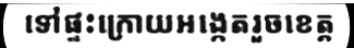
ទៅផ្ទះក្រោយអង្កេតរួចខេត្ត